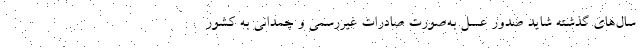
سال‌های گذشته شاید صدور عسل به‌صورت صادرات غیررسمی و چمدانی به کشور